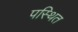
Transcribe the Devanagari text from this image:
पस्थित